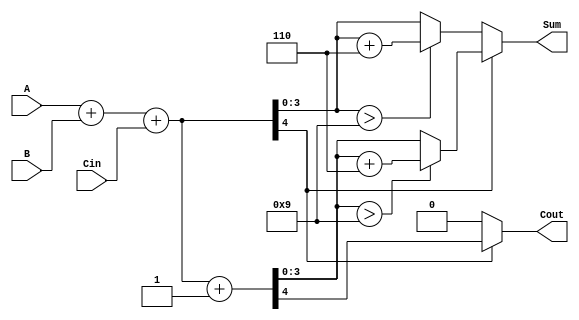
module BCD_MCSA (
    input [3:0] A,         // BCD input A
    input [3:0] B,         // BCD input B
    input Cin,             // Carry-in
    output reg [3:0] Sum,  // BCD output sum
    output reg Cout        // Carry-out
);

    wire [4:0] sum0;      // Sum for A + B + 0
    wire [4:0] sum1;      // Sum for A + B + 1
    wire carry0;          // Carry-out for sum0
    wire carry1;          // Carry-out for sum1

    // Path 0: A + B + 0
    assign sum0 = A + B + Cin;
    assign carry0 = sum0[4]; // Carry-out from Path 0

    // Path 1: A + B + 1
    assign sum1 = A + B + Cin + 1;
    assign carry1 = sum1[4]; // Carry-out from Path 1

    // BCD correction logic
    wire [3:0] corrected_sum0;
    wire [3:0] corrected_sum1;
    
    // Check if sum0 requires correction
    assign corrected_sum0 = (sum0[3:0] > 4'd9) ? (sum0[3:0] + 4'd6) : sum0[3:0];
    // Check if sum1 requires correction
    assign corrected_sum1 = (sum1[3:0] > 4'd9) ? (sum1[3:0] + 4'd6) : sum1[3:0];

    // MUX to select between corrected sums based on carry
    always @(*) begin
        if (carry0 == 1'b0) begin
            Sum = corrected_sum0;
            Cout = carry0; // Carry-out from Path 0
        end else begin
            Sum = corrected_sum1;
            Cout = carry1; // Carry-out from Path 1
        end
    end

endmodule